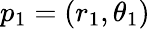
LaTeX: p_{1}=(r_{1},\theta_{1})